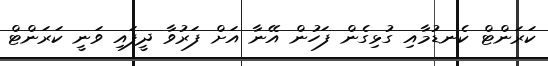
ކަރަންޓް ކެނޑުމާއި ގުޅިގެން ފަހުން އޭނާ އަށް ފަރުވާ ދީފައި ވަނީ ކަރަންޓް